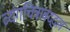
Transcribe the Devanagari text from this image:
व्यंगचित्राबद्दल